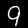
Label: 9